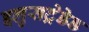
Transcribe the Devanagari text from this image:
इलुसट्रेडेड